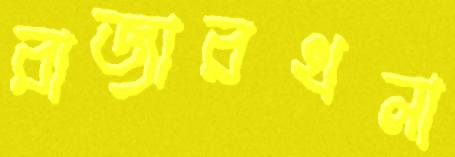
রাজারখলা